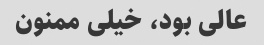
عالی بود، خیلی ممنون